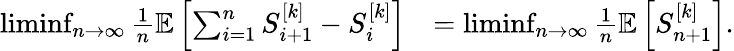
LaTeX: \begin{array}{rl}{\operatorname*{liminf}_{n\rightarrow\infty}\frac{1}{n}{\mathbb{E}}\left[\sum_{i=1}^{n}S_{i+1}^{[k]}-S_{i}^{[k]}\right]}&{=\operatorname*{liminf}_{n\rightarrow\infty}\frac{1}{n}{\mathbb{E}}\left[S_{n+1}^{[k]}\right].}\end{array}